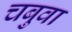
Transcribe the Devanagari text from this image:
चबुवा